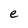
Character: e